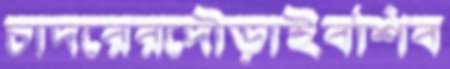
চাদরেরদৌড়াইবশিব